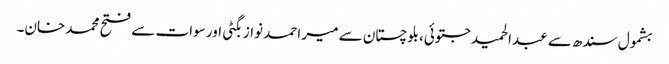
بشمول سندھ سے عبدالحمید جتوئی، بلوچستان سے میر احمد نواز بگٹی اور سوات سے فتح محمد خان۔